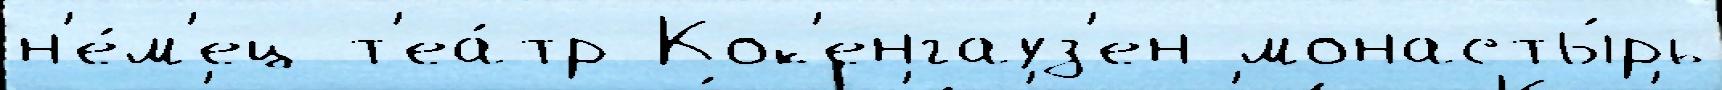
н'е́м'ец т'еа́тр Кок'енгауз'ен монасты́рь